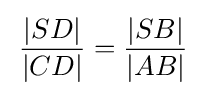
\,{\frac {|SD|}{|CD|}}={\frac {|SB|}{|AB|}}